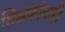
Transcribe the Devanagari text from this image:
शिक्षकांनाही